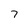
Character: 7